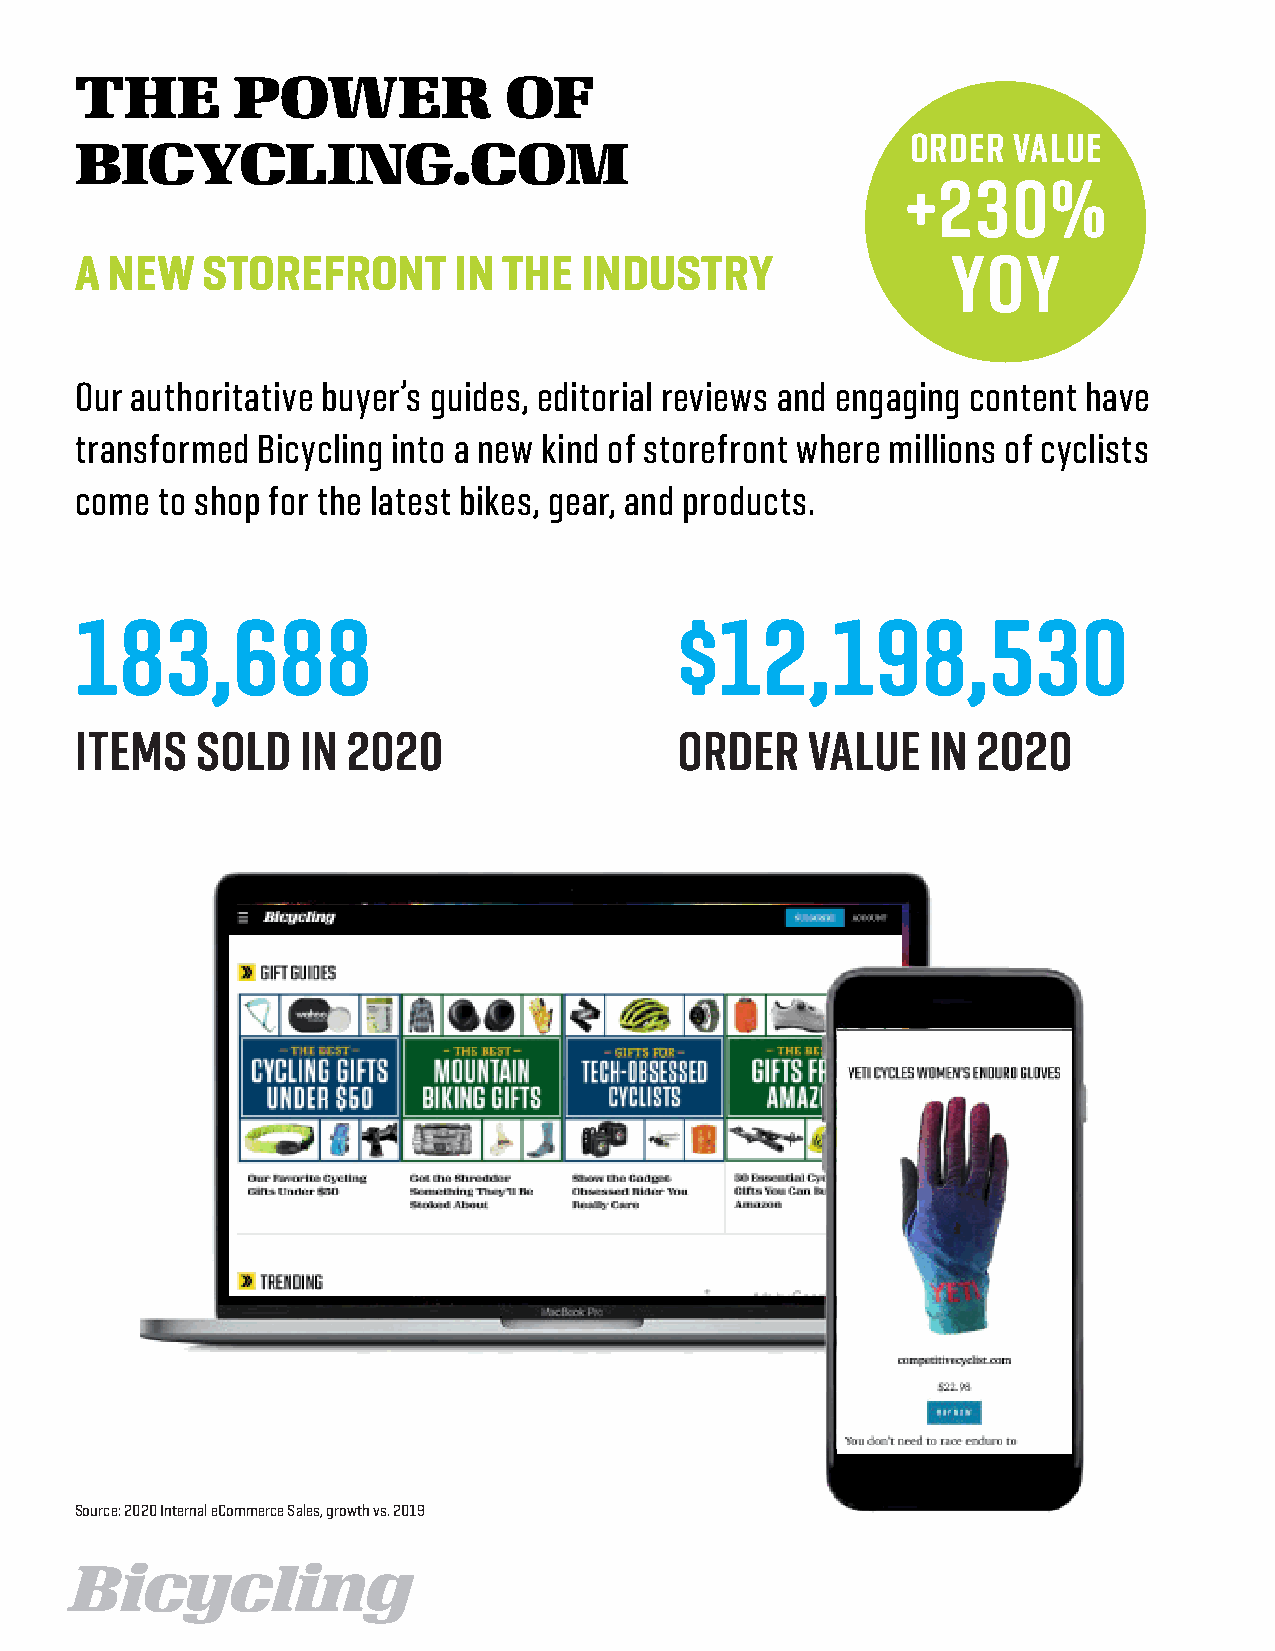
THE POWER OF
 BICYCLING.COM
 THE       POWER             OF
 BICYCLING.COM                                          ORDER  VALUE
 +230%
 A NEW   STOREFRONT       IN THE   INDUSTRY                YOY
 Our authoritative buyer’s guides, editorial reviews and engaging content have
 transformed Bicycling into a new kind of storefront where millions of cyclists
 come to shop for the latest bikes, gear, and products.
 183,688                                 $12,198,530
 ITEMS   SOLD   IN 2020                  ORDER   VALUE    IN 2020
 Source: 2020 Internal eCommerce Sales, growth vs. 2019
 Bicycling